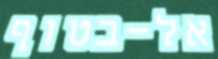
אל-בטוף